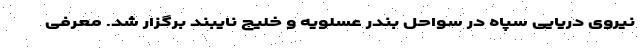
نیروی دریایی سپاه در سواحل بندر عسلویه و خلیج نایبند برگزار شد. معرفی